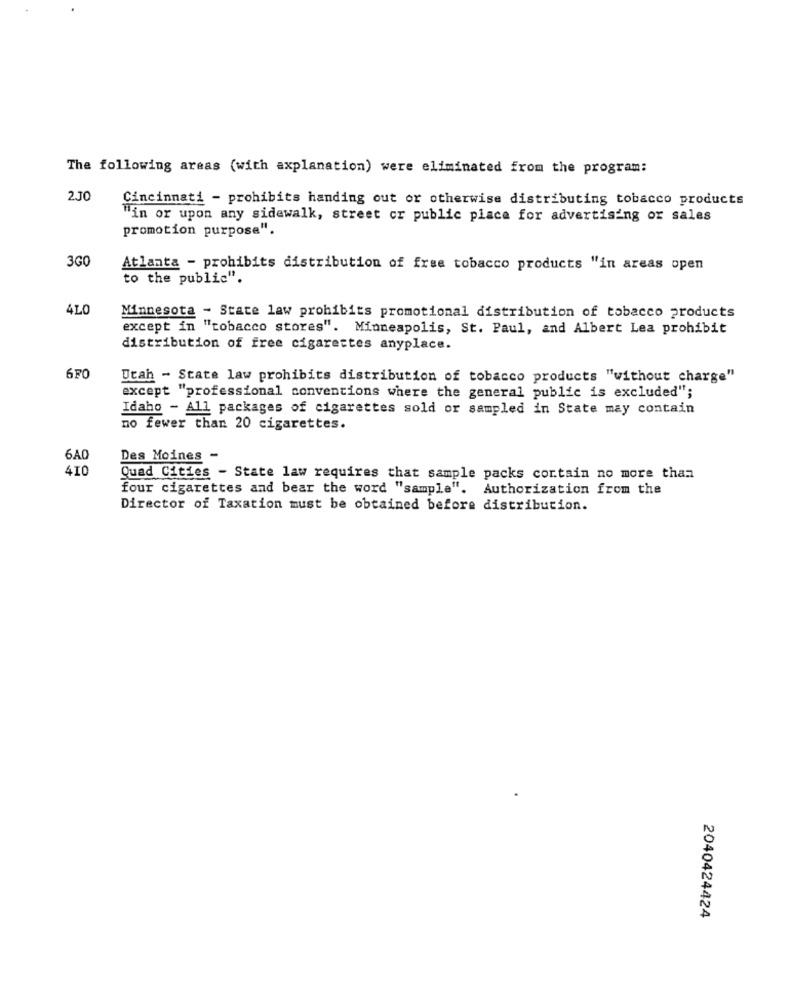
The following areas (with explanation) were eliminated from the program:
2.JO
Cincinnati - prohibits handing out or otherwise distributing tobacco products
"in or upon any sidewalk, street or public place for advertising or sales
promotion purpose".
3G
Atlanta - prohibits distribution of free tobacco products "in areas open
to the public".
4LC
Minnesota - State law prohibits promotional distribution of tobacco products
except in "tobacco stores". Minneapolis, St. Paul, and Albert Lea prohibit
distribution of free cigarettes anyplace.
6F0
Utah - State law prohibits distribution of tobacco products "without charge"
except "professional conventions where the general public is excluded";
Idaho - All packages of cigarettes sold or sampled in State may contain
no fewer than 20 cigarettes.
6A0
Des Moines -
410
Quad Cities - State law requires that sample packs cortain no more than
four cigarettes and bear the word "sample". Authorization from the
Director of Taxation must be obtained before distribution.
2040424424